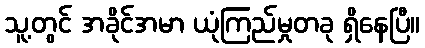
သူ့တွင် အခိုင်အမာ ယုံကြည်မှုတခု ရှိနေပြီ။